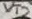
Text: VT2